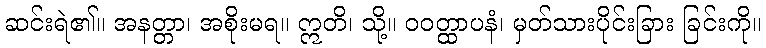
ဆင်းရဲ၏။ အနတ္တာ၊ အစိုးမရ။ ဣတိ၊ သို့။ ဝဝတ္ထာပနံ၊ မှတ်သားပိုင်းခြား ခြင်းကို။